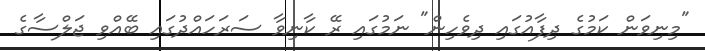
"މިނިވަން ކަމުގެ ދިފާއުގައި ދިވެހިން" ނަމުގައި ރޭ ކާނިވާ ސަރަހައްދުގައި ބޭއްވި ޖަލްސާގެ